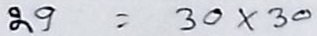
29 = 30 x 30